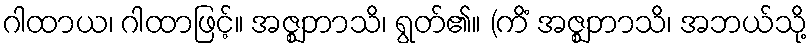
ဂါထာယ၊ ဂါထာဖြင့်။ အဇ္ဈဘာသိ၊ ရွတ်၏။ (ကိံ အဇ္ဈဘာသိ၊ အဘယ်သို့